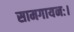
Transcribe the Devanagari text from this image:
सामगायनः।